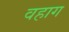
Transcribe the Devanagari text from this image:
वहाग